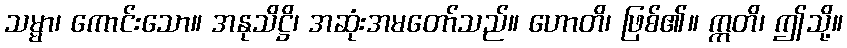
သမ္မာ၊ ကောင်းသော။ အနုသိဋ္ဌိ၊ အဆုံးအမတော်သည်။ ဟောတိ၊ ဖြစ်၏။ ဣတိ၊ ဤသို့။